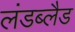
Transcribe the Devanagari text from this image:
लंडब्लैड